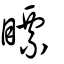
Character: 瞟